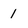
Character: 1